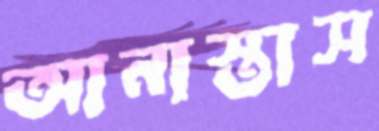
আনাস্তাস